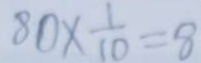
8 0 \times \frac { 1 } { 1 0 } = 8